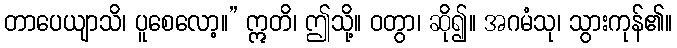
တာပေယျာသိ၊ ပူစေလော့။” ဣတိ၊ ဤသို့။ ဝတွာ၊ ဆို၍။ အဂမံသု၊ သွားကုန်၏။